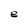
Character: e